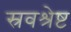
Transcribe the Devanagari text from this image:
स्रवश्रेष्ट